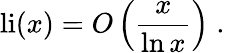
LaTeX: \operatorname{li}(x)=O\left({\frac{x}{\ln x}}\right)\; .